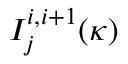
I _ { j } ^ { i , i + 1 } ( \kappa )